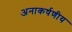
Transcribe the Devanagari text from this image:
अनाकर्षणीय